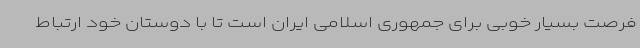
فرصت بسیار خوبی برای جمهوری اسلامی ایران است تا با دوستان خود ارتباط